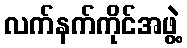
လက်နက်ကိုင်အဖွဲ့